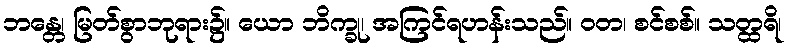
ဘန္တေ၊ မြတ်စွာဘုရား၌။ ယော ဘိက္ခု၊ အကြင်ရဟန်းသည်။ ဝတ၊ စင်စစ်။ သတ္ထရိ၊